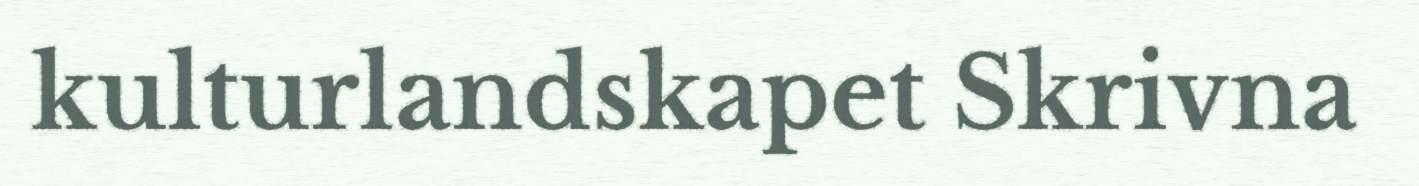
kulturlandskapet Skrivna